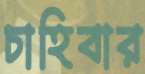
চাহিবার